Lunatic asylums Madras 1877-1891 - 1877-1891
Year: 1877
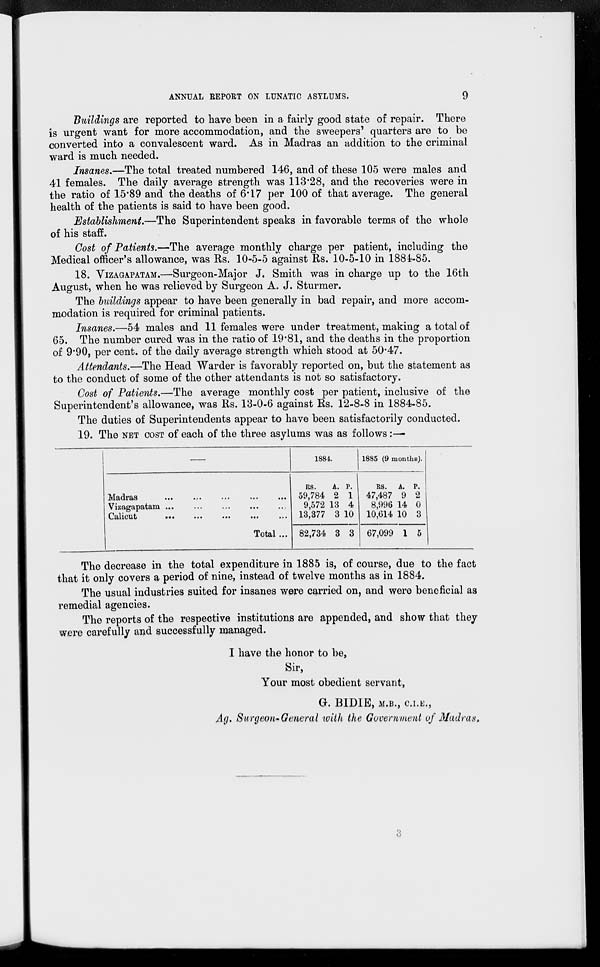
ANNUAL REPORT ON LUNATIC ASYLUMS.
9
Buildings are reported to have been in a fairly good state of repair. There
is urgent want for more accommodation, and the sweepers' quarters are to be
converted into a convalescent ward. As in Madras an addition to the criminal
ward is much needed.
Insanes.—The total treated numbered 146, and of these 105 were males and
41 females. The daily average strength was 113.28, and the recoveries were in
the ratio of 15.89 and the deaths of 6.17 per 100 of that average. The general
health of the patients is said to have been good.
Establishment.—The Superintendent speaks in favorable terms of the whole
of his staff.
Cost of Patients.—The average monthly charge per patient, including the
Medical officer's allowance, was Rs. 10-5-5 against Rs. 10-5-10 in 1884-85.
18. VIZAGAPATAM.—Surgeon-Major J. Smith was in charge up to the 16th
August, when he was relieved by Surgeon A. J. Sturmer.
The buildings appear to have been generally in bad repair, and more accom-
modation is required for criminal patients.
Insanes.—54 males and 11 females were under treatment, making a total of
65. The number cured was in the ratio of 19.81, and the deaths in the proportion
of 9.90, per cent, of the daily average strength which stood at 50.47.
Attendants.—The Head Warder is favorably reported on, but the statement as
to the conduct of some of the other attendants is not so satisfactory.
Cost of Patients.—The average monthly cost per patient, inclusive of the
Superintendent's allowance, was Rs. 13-0-6 against Rs. 12-8-8 in 1884-85.
The duties of Superintendents appear to have been satisfactorily conducted.
19. The NET COST of each of the three asylums was as follows:—
—
Madras
...
...
...
...
. ..
Vizagapatam ... ... ... ... ...
Calicut
...
...
...
...
...
Total...
1884.
RS.
59,784
9,572
13,377
82,734
A.
2
13
3
3
P.
1
4
10
3
1885 (9 months).
RS.
47,487
8,996
10,614
67,099
A.
9
14
10
1
P.
2
0
3
5
The decrease in the total expenditure in 1885 is, of course, due to the fact
that it only covers a period of nine, instead of twelve months as in 1884.
The usual industries suited for insanes were carried on, and were beneficial as
remedial agencies.
The reports of the respective institutions are appended, and show that they
were carefully and successfully managed.
I have the honor to be,
Sir,
Your most obedient servant,
G. BIDIE, M.B., C.I.E.,
Ag. Surgeon-General with the Government of Madras.
3